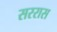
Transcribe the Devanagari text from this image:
सररास